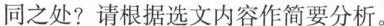
同之处?请根据选文内容作简要分析。